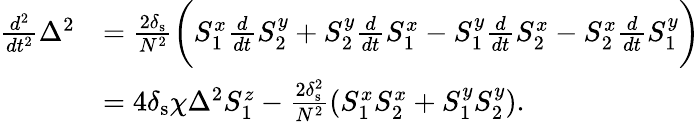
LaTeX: \begin{array}{rl}{\frac{d^{2}}{dt^{2}}\Delta^{2}}&{=\frac{2\delta_{\mathrm{s}}}{N^{2}}\bigg(S_{1}^{x}\frac{d}{dt}S_{2}^{y}+S_{2}^{y}\frac{d}{dt}S_{1}^{x}-S_{1}^{y}\frac{d}{dt}S_{2}^{x}-S_{2}^{x}\frac{d}{dt}S_{1}^{y}\bigg)}\\ &{=4\delta_{\mathrm{s}}\chi\Delta^{2}S_{1}^{z}-\frac{2\delta_{\mathrm{s}}^{2}}{N^{2}}(S_{1}^{x}S_{2}^{x}+S_{1}^{y}S_{2}^{y}).}\end{array}